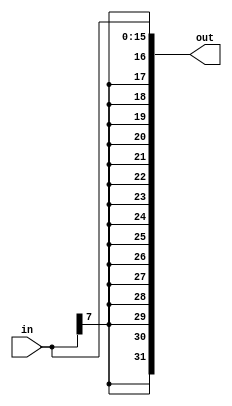

module Sign_Extend
	(
		input [15:0] in,
		output [31:0] out
	);
	assign out = {in[7], in[7], in[7], in[7], in[7], in[7], in[7], in[7], in[7], in[7], in[7], in[7], in[7], in[7], in[7], in[7], in[15:0]};
endmodule